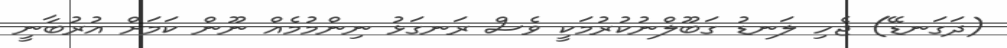
(ދަގަނޑޭ) ޖެހި ލަނޑު ގަބޫލްނުކުރުމަކީ ވެސް ރަނގަޅު ނިންމުމެއް ނޫން ކަމަށް އުރުބާނީ